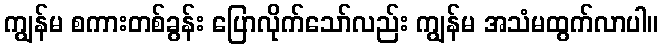
ကျွန်မ စကားတစ်ခွန်း ပြောလိုက်သော်လည်း ကျွန်မ အသံမထွက်လာပါ။